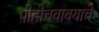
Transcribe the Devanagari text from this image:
पोहोचवावयाचे